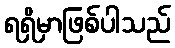
ရရှိမှာဖြစ်ပါသည်